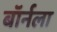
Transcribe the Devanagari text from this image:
बॉर्नला